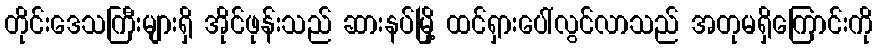
တိုင်းဒေသကြီးများရှိ အိုင်ဖုန်းသည် ဆားနပ်မြို့ ထင်ရှားပေါ်လွင်လာသည် အတုမရှိကြောင်းကို